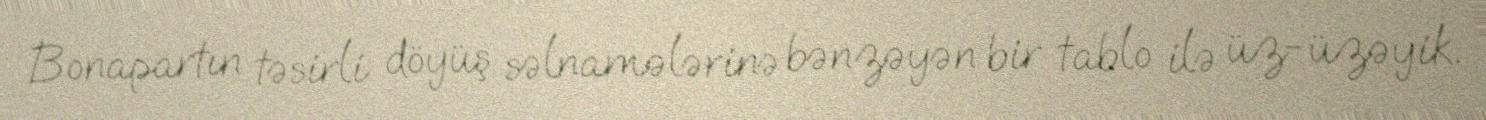
Bonapartın təsirli döyüş səlnamələrinə bənzəyən bir tablo ilə üz-üzəyik.